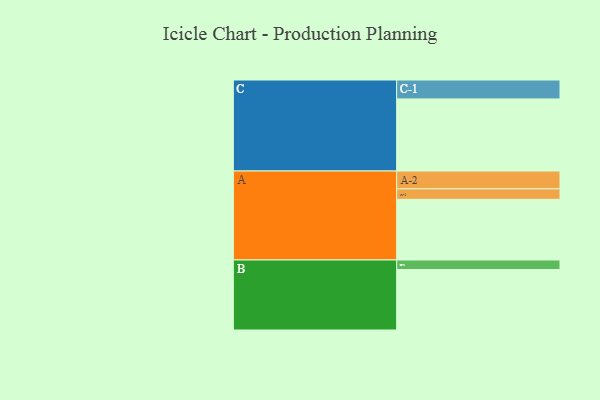
{"axis": {"x": "Segment", "y": "Value"}, "legend": ["", "A", "B", "C"], "data": [{"x": "A", "y": 381, "type": ""}, {"x": "B", "y": 380, "type": ""}, {"x": "C", "y": 453, "type": ""}, {"x": "A-1", "y": 66, "type": "A"}, {"x": "A-2", "y": 112, "type": "A"}, {"x": "B-1", "y": 60, "type": "B"}, {"x": "C-1", "y": 119, "type": "C"}]}